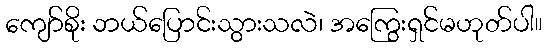
ကျော်စိုး ဘယ်ပြောင်းသွားသလဲ၊ အကြွေးရှင်မဟုတ်ပါ။